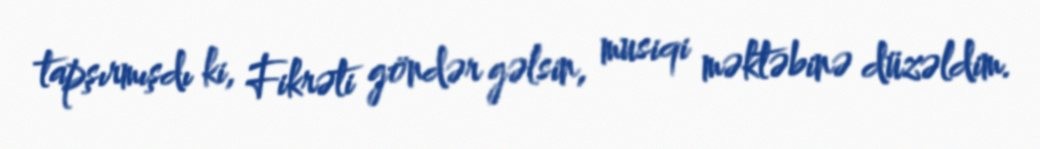
tapşırmışdı ki, Fikrəti göndər gəlsin, musiqi məktəbinə düzəldim.